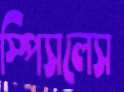
স্পিসলেস